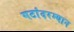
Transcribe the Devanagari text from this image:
गटांदरम्यान